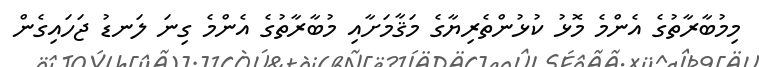
މިމުބާރާތުގެ އެންމެ މޮޅު ކުޅުންތެރިޔާގެ މަޤާމަށާއި މުބާރާތުގެ އެންމެ ގިނަ ލަނޑު ޖަހައިގެން